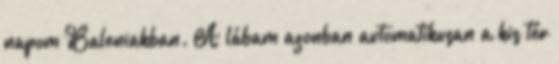
napom Baleniakban. A lábam azonban automatikusan a kis tér